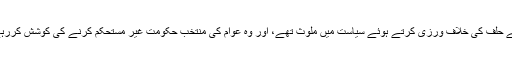
اگر وہ جانتے تھے، جیسا کہ وہ تاثر دے رہے ہیں، کہ کچھ افسران اپنے حلف کی خلاف ورزی کرتے ہوئے سیاست میں ملوث تھے، اور وہ عوام کی منتخب حکومت غیر مستحکم کرنے کی کوشش کررہے تھے تو اُن کے خلاف قانون کے مطابق کارروائی کیوں نہ کی گئی؟